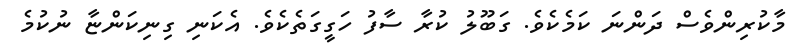
މާކުރިންވެސް ދަންނަ ކަމެކެވެ. ގަބޫލު ކުރާ ސާފު ހަގީގަތެކެވެ. އެކަނި ގިނިކަންޏާ ނުކުމެ